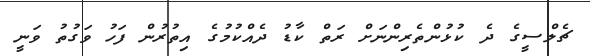
ޗެލްސީގެ ދެ ކުޅުންތެރިންނަށް ރަތް ކާޑު ދެއްކުމުގެ އިތުރުން ފަހު ވަގުތު ވަނީ